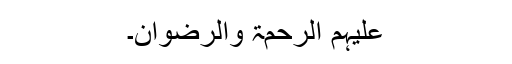
علیہم الرحمۃ والرضوان۔